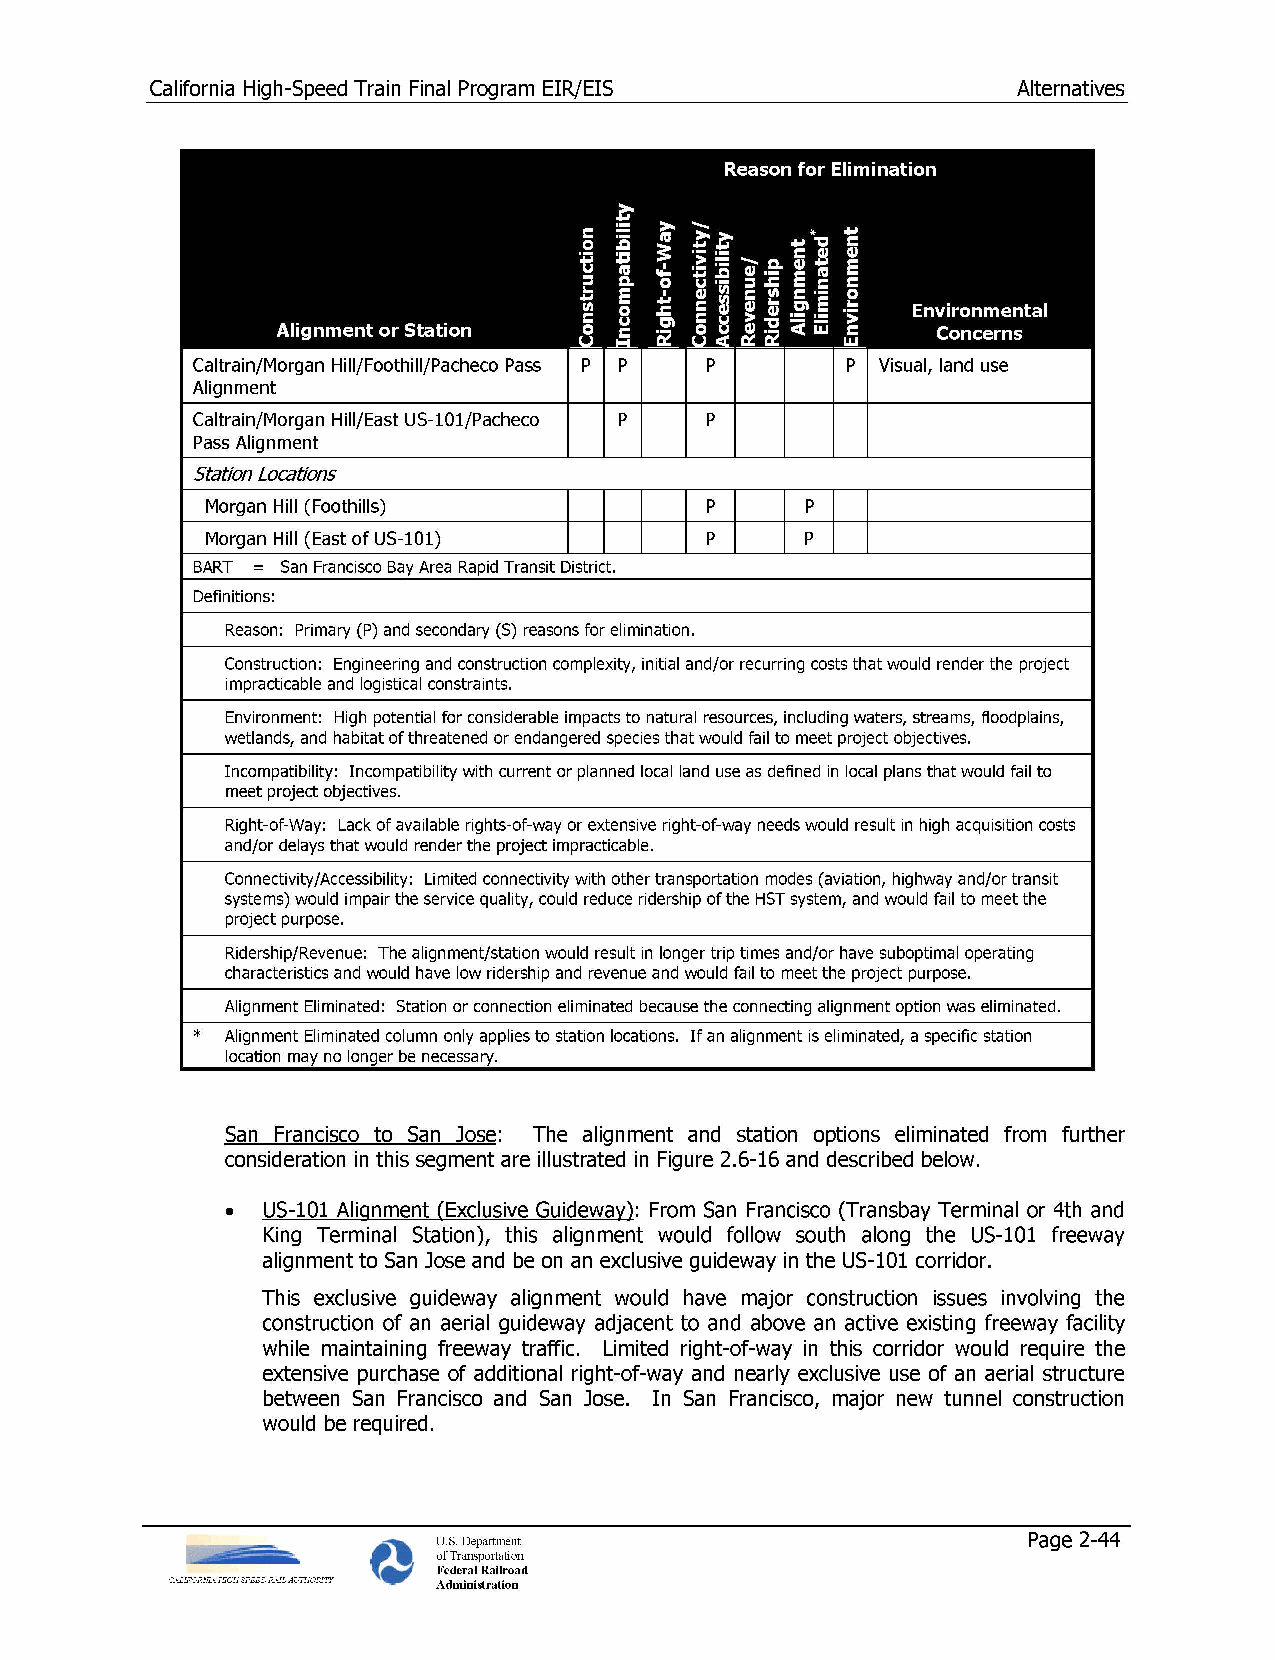
California High-Speed Train Final Program EIR/EIS        Alternatives
 Caltrain/Morgan Hill/Foothill/Pacheco Pass p p p P Visual, land use
 Alignment
 Caltrain/Morgan Hill/East US-101/Pacheco p p
 Pass Alignment
 Station Locations
 Morgan Hill (Foothills)          p     p
 Morgan Hill (East of US-101)     p     p
 BART= San Francisco Bay Area Rapid Transit District
 Definitions:
 Reason: Primary (P) and secondary (S) reasons for elimination.
 Construction: Engineering and construction complexity, initial and/or recurring costs that would render the project
 impracticable and logistical constraints.
 Environment: High potential for considerable impacts to natural resources, including waters, streams, floodplains,
 wetlands, and habitat of threatened or endangered species that would fail to meet project objectives.
 Incompatibility: Incompatibility with current or planned local land use as defined in local plans that would fail to
 meet project objectives.
 Right-of-Way: Lack of available rights-of-way or extensive right-of-way needs would result in high acquisition costs
 and/or delays that would render the project impracticable.
 Connectivity/Accessibility: Limited connectivity with other transportation modes (aviation, highway and/or transit
 systems) would impair the service quality, could reduce ridership of the HST system, and would fail to meet the
 project purpose.
 Ridership/Revenue: The alignment/station would result in longer trip times and/or have suboptimal operating
 characteristics and would have low ridership and revenue and would fail to meet the project purpose.
 Alignment Eliminated: Station or connection eliminated because the connecting alignment option was eliminated.
 * Alignment Eliminated column only applies to station locations. If an alignment is eliminated, a specific station
 location no lon be
 nF'C'F'<;<;,,.rV
 San Francisco to San Jose: The alignment and station options eliminated from further
 consideration in this segment are illustrated in Figure 2.6-16 and described below.
 • US-101 Alignment (Exclusive Guideway): From San Francisco (Transbay Terminal or 4th and
 King Terminal Station), this alignment would follow south along the US-101 freeway
 alignmentto San Jose and be on an exclusive guideway in the US-101 corridor.
 This exclusive guideway alignment would have major construction issues involving the
 construction of an aerial guideway adjacent to and above an active existing freeway facility
 while maintaining freeway traffic. Limited right-of-way in this corridor would require the
 extensive purchase of additional right-of-way and nearly exclusive use of an aerial structure
 between San Francisco and San Jose. In San Francisco, major new tunnel construction
 would be required.
 U.S. Department                        Page 2-44
 of Transportation
 Federal Railroad
 Administration